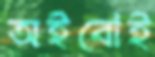
অইবোই